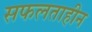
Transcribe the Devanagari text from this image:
सफलताहीन